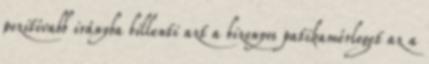
pozitívabb irányba billenti azt a bizonyos patikamérleget az a